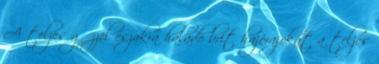
A teljes gőzzel északra haladó brit hajórajokat a teljes